Report on vaccination proceedings throughout the Government of Bengal -
Year: 1868
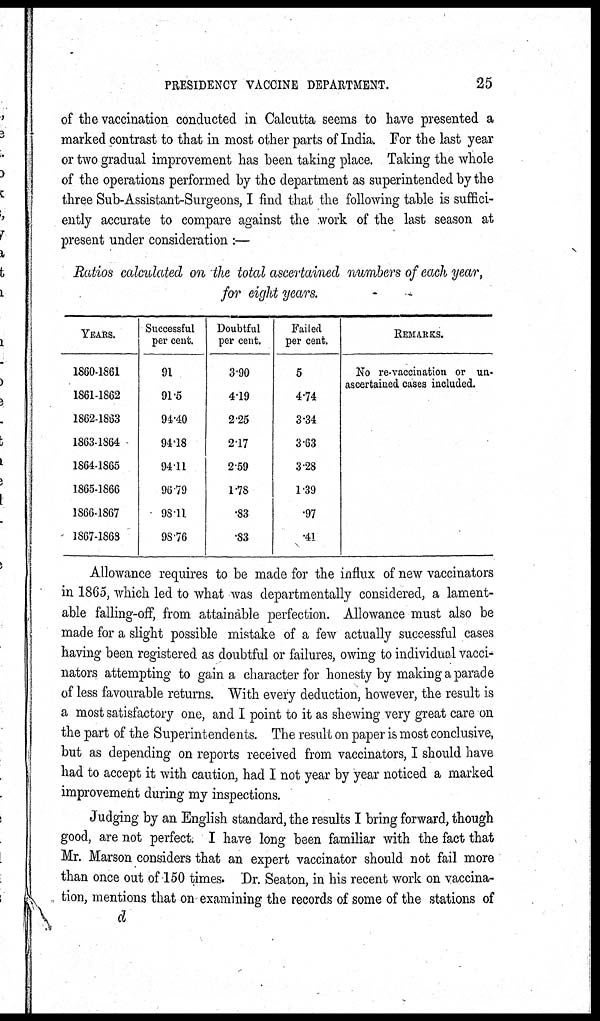
PRESIDENCY VACCINE DEPARTMENT.
25
of the vaccination conducted in Calcutta seems to have presented a
marked contrast to that in most other parts of India. For the last year
or two gradual improvement has been taking place. Taking the whole
of the operations performed by the department as superintended by the
three Sub-Assistant-Surgeons, I find that the following table is suffici-
ently accurate to compare against the work of the last season at
present under consideration :—
Ratios calculated on the total ascertained numbers of each year,
for eight years.
YEARS.
1860-1861
1861-1862
1862-1863
1863-1864
1864-1865
1865-1866
1866-1867
1867-1868
Successful
per cent.
91
91.5
94.40
94.18
94.11
96.79
98.11
98.76
Doubtful
per cent.
3.90
4.19
2.25
2.17
2.59
1.78
.83
.83
Failed
per cent.
5
4.74
3.34
3.63
3.28
1.39
.97
.41
REMARKS.
No re-vaccination or un-
ascertained cases included.
Allowance requires to be made for the influx of new vaccinators
in 1865, which led to what was departmentally considered, a lament-
able falling-off, from attainable perfection. Allowance must also be
made for a slight possible mistake of a few actually successful cases
having been registered as doubtful or failures, owing to individual vacci-
nators attempting to gain a character for honesty by making a parade
of less favourable returns. With every deduction, however, the result is
a most satisfactory one, and I point to it as shewing very great care on
the part of the Superintendents. The result on paper is most conclusive,
but as depending on reports received from vaccinators, I should have
had to accept it with caution, had I not year by year noticed a marked
improvement during my inspections.
Judging by an English standard, the results I bring forward, though
good, are not perfect. I have long been familiar with the fact that
Mr. Marson considers that an expert vaccinator should not fail more
than once out of 150 times. Dr. Seaton, in his recent work on vaccina-
tion, mentions that on examining the records of some of the stations of
d